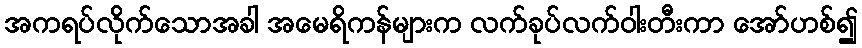
အကရပ်လိုက်သောအခါ အမေရိကန်များက လက်ခုပ်လက်ဝါးတီးကာ အော်ဟစ်၍